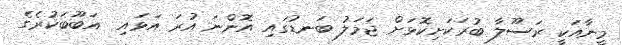
މީނާއަކީ ރަސޫލާ ބުރަކަށިކޮޅަށް ޖަމަލު ބަނޑުގައި އޮންނަ އުރަ އަޅައި  އަބޫބަކުރެގެ